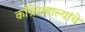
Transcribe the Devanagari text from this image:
काँग्रेसवाल्यांचे